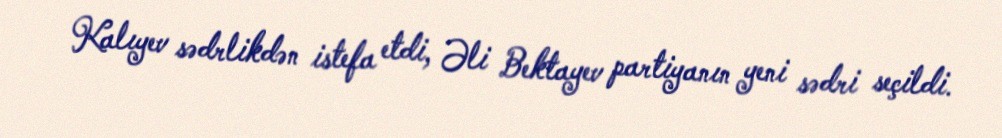
Kalıyev sədrlikdən istefa etdi, Əli Bektayev partiyanın yeni sədri seçildi.